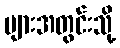
များအတွင်းသို့